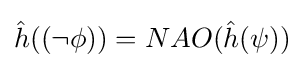
{\hat {h}}({(\neg \phi )})=NAO({\hat {h}}(\psi ))